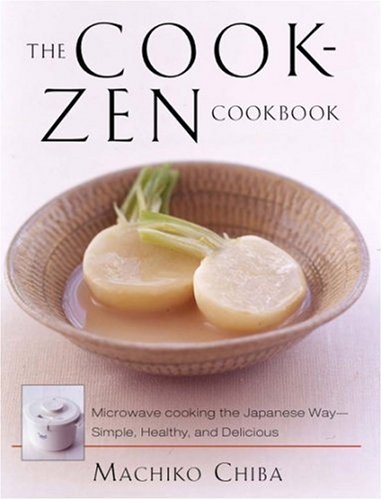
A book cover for The Cook-Zen Cookbook: Microwave Cooking the Japanese Way--Simple, Healthy, and Delicious; Machiko Chiba; Cookbooks, Food & Wine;